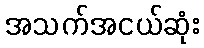
အသက်အငယ်ဆုံး